Reports on military cantonments and civil stations in the Presidency of Bombay inspected by the Sanitary Commissioner in the years 1875 and 1876
Year: 1875
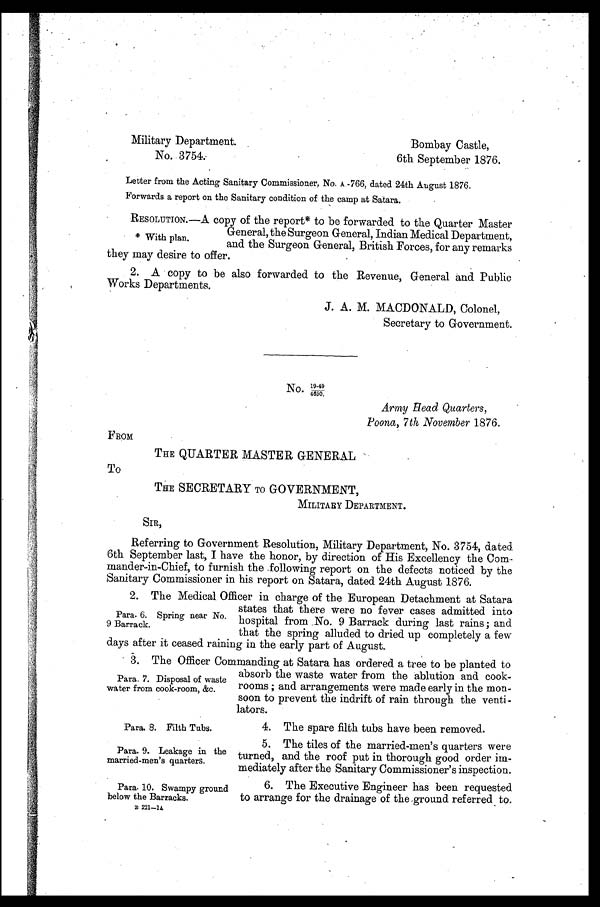
Military Department.
Bombay Castle,
No. 3754.
6th September 1876.
Letter from the Acting Sanitary Commissioner, No. A - 766, dated 24th August 1876.
Forwards a report on the Sanitary condition of the camp at Satara.
*With plan.
RESOLUTION.—A copy of the report* to be forwarded to the Quarter Master
General, the Surgeon General, Indian Medical Department,
and the Surgeon General, British Forces, for any remarks
they may desire to offer.
2. A copy to be also forwarded to the Revenue, General and Public
Works Departments.
J. A. M. MACDONALD, Colonel,
Secretary to Government.
No. 19-49
Army Head Quarters,
Poona, 7th November 1876.
FROM
THE QUARTER MASTER GENERAL
To
THE SECRETARY TO GOVERNMENT,
MILITARY DEPARTMENT.
SIR,
Referring to Government Resolution, Military Department, No. 3754, dated.
6th September last, I have the honor, by direction of His Excellency the Com
-mander-in-Chief, to furnish the following report on the defects noticed by the
Sanitary Commissioner in his report on Satara, dated 24th August 1876.
P a r a . 6 . S p r i n g n e a r N o .
9 B a r r a c k .
2. The Medical Officer in charge of the European Detachment at Satara
states that there were no fever cases admitted into
hospital from No. 9 Barrack during last rains; and
that the spring alluded to dried up completely a few
days after it ceased raining in the early part of August.
P a r a . 7 . D i s p o s a l o f w a s t e
w a t e r f r o m c o o k - r o o m , & c .
3. The Officer Commanding at Satara has ordered a tree to be planted to
absorb the waste water from the ablution and cook-
rooms; and arrangements were made early in the mon-
soon to prevent the indrift of rain through the venti-
-lators.
Para, 8. Filth Tubs.
4. The spare filth tubs have been removed.
Para. 9. Leakage in the
married-men's quarters.
5. The tiles of the married-men's quarters were
turned, and the roof put in thorough good order im-
-mediately after the Sanitary Commissioner's inspection.
Para. 10. Swampy ground
below the Barracks.
6. The Executive Engineer has been requested
to arrange for the drainage of the ground referred to.
B 221—1A